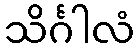
သိင်္ဂါလံ